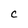
Character: c